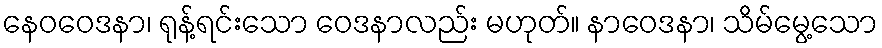
နေဝဝေဒနာ၊ ရုန့်ရင်းသော ဝေဒနာလည်း မဟုတ်။ နာဝေဒနာ၊ သိမ်မွေ့သော